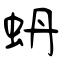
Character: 蚒